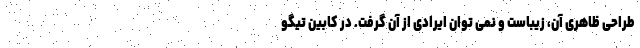
طراحی ظاهری آن، زیباست و نمی توان ایرادی از آن گرفت. در کابین تیگو